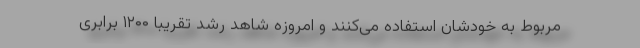
مربوط به خودشان استفاده می‌کنند و امروزه شاهد رشد تقریبا ۱۲۰۰ برابری